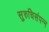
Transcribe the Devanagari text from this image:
सुरुचिसंपन्न